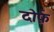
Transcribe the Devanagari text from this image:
दोर्फ़